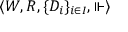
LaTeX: \langle W , R , \{ D _ { i } \} _ { i \in I } , \Vdash \rangle